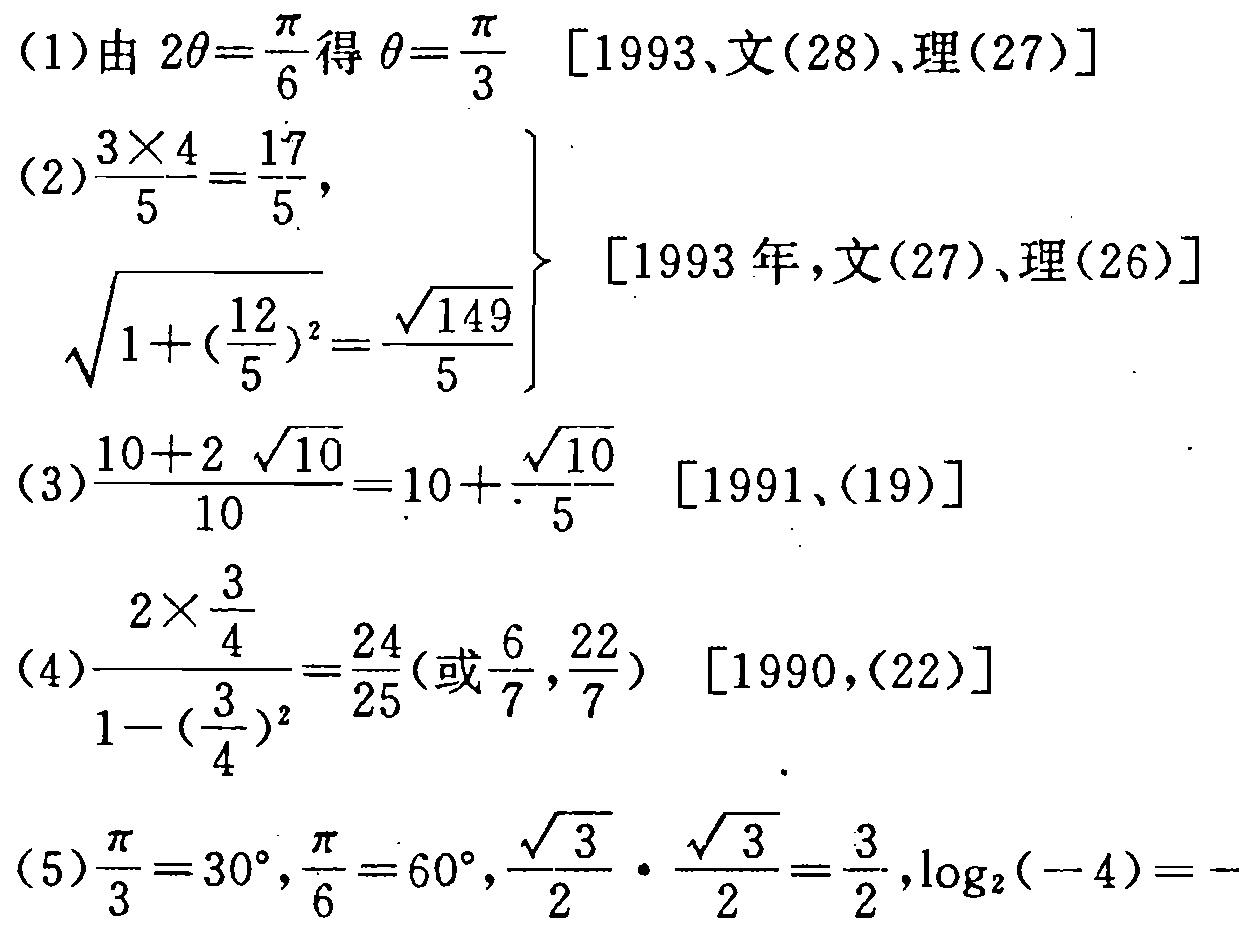
(1) 由 \(2\theta=\frac{\pi}{6}\) 得 \(\theta = \frac{\pi}{3}\)  [1993、文(28)、理(27)]

(2) \(\begin{cases}\frac{3\times4}{5}=\frac{17}{5},\\\sqrt{1 + (\frac{12}{5})^2}=\frac{\sqrt{149}}{5}\end{cases}\)  [1993 年，文(27)、理(26)]

(3) \(\frac{10 + 2\sqrt{10}}{10}=10+\frac{\sqrt{10}}{5}\)  [1991、(19)]

(4) \(\frac{2\times\frac{3}{4}}{1-(\frac{3}{4})^2}=\frac{24}{25}(\text{或 }\frac{6}{7},\frac{22}{7})\)  [1990，(22)]

(5) \(\frac{\pi}{3}=30^{\circ},\frac{\pi}{6}=60^{\circ},\frac{\sqrt{3}}{2}\cdot\frac{\sqrt{3}}{2}=\frac{3}{2},\log_2(-4)=\)